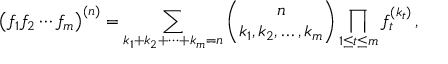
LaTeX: \left( f _ { 1 } f _ { 2 } \cdots f _ { m } \right) ^ { ( n ) } = \sum _ { k _ { 1 } + k _ { 2 } + \cdots + k _ { m } = n } { \binom { n } { k _ { 1 } , k _ { 2 } , \ldots , k _ { m } } } \prod _ { 1 \leq t \leq m } f _ { t } ^ { ( k _ { t } ) } \, ,